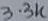
Text: 3.3K